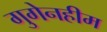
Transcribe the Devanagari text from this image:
गुगेनहीम